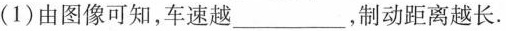
(1)由图像可知，车速越___，制动距离越长。